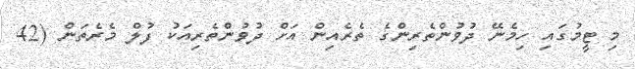
މި ޓީމުގައި ހިމެނޭ ދުވުންތެރިންގެ ތެރެއިން އަށް ދުވުންތެރިއަކު ފުލް މެރެތަން (42